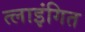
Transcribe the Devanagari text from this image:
त्लाइंगित